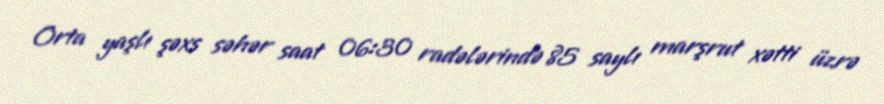
Orta yaşlı şəxs səhər saat 06:30 radələrində 85 saylı marşrut xətti üzrə